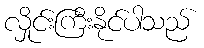
လှိုင်းကြီးနိုင်ပါသည်